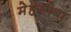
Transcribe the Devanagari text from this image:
मेहंगीबा